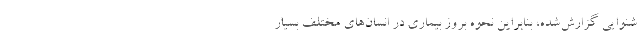
شنوایی گزارش‌شده، بنابراین نحوه بروز بیماری در انسان‌های مختلف بسیار